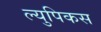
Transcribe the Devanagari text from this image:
ल्युपिकस